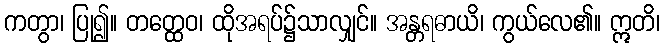
ကတွာ၊ ပြု၍။ တတ္ထေဝ၊ ထိုအရပ်၌သာလျှင်။ အန္တရဓာယိ၊ ကွယ်လေ၏။ ဣတိ၊